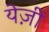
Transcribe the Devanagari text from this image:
येज़ी